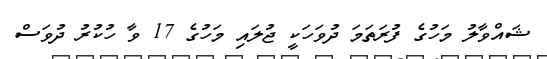
ޝައްވާލު މަހުގެ ފުރަތަމަ ދުވަހަކީ ޖުލައި މަހުގެ 17 ވާ ހުކުރު ދުވަސް